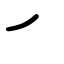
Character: ㇀